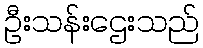
ဦးသန်းဌေးသည်